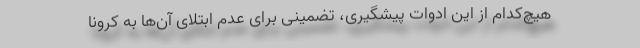
هیچ‌کدام از این ادوات پیشگیری، تضمینی برای عدم ابتلای آن‌ها به کرونا